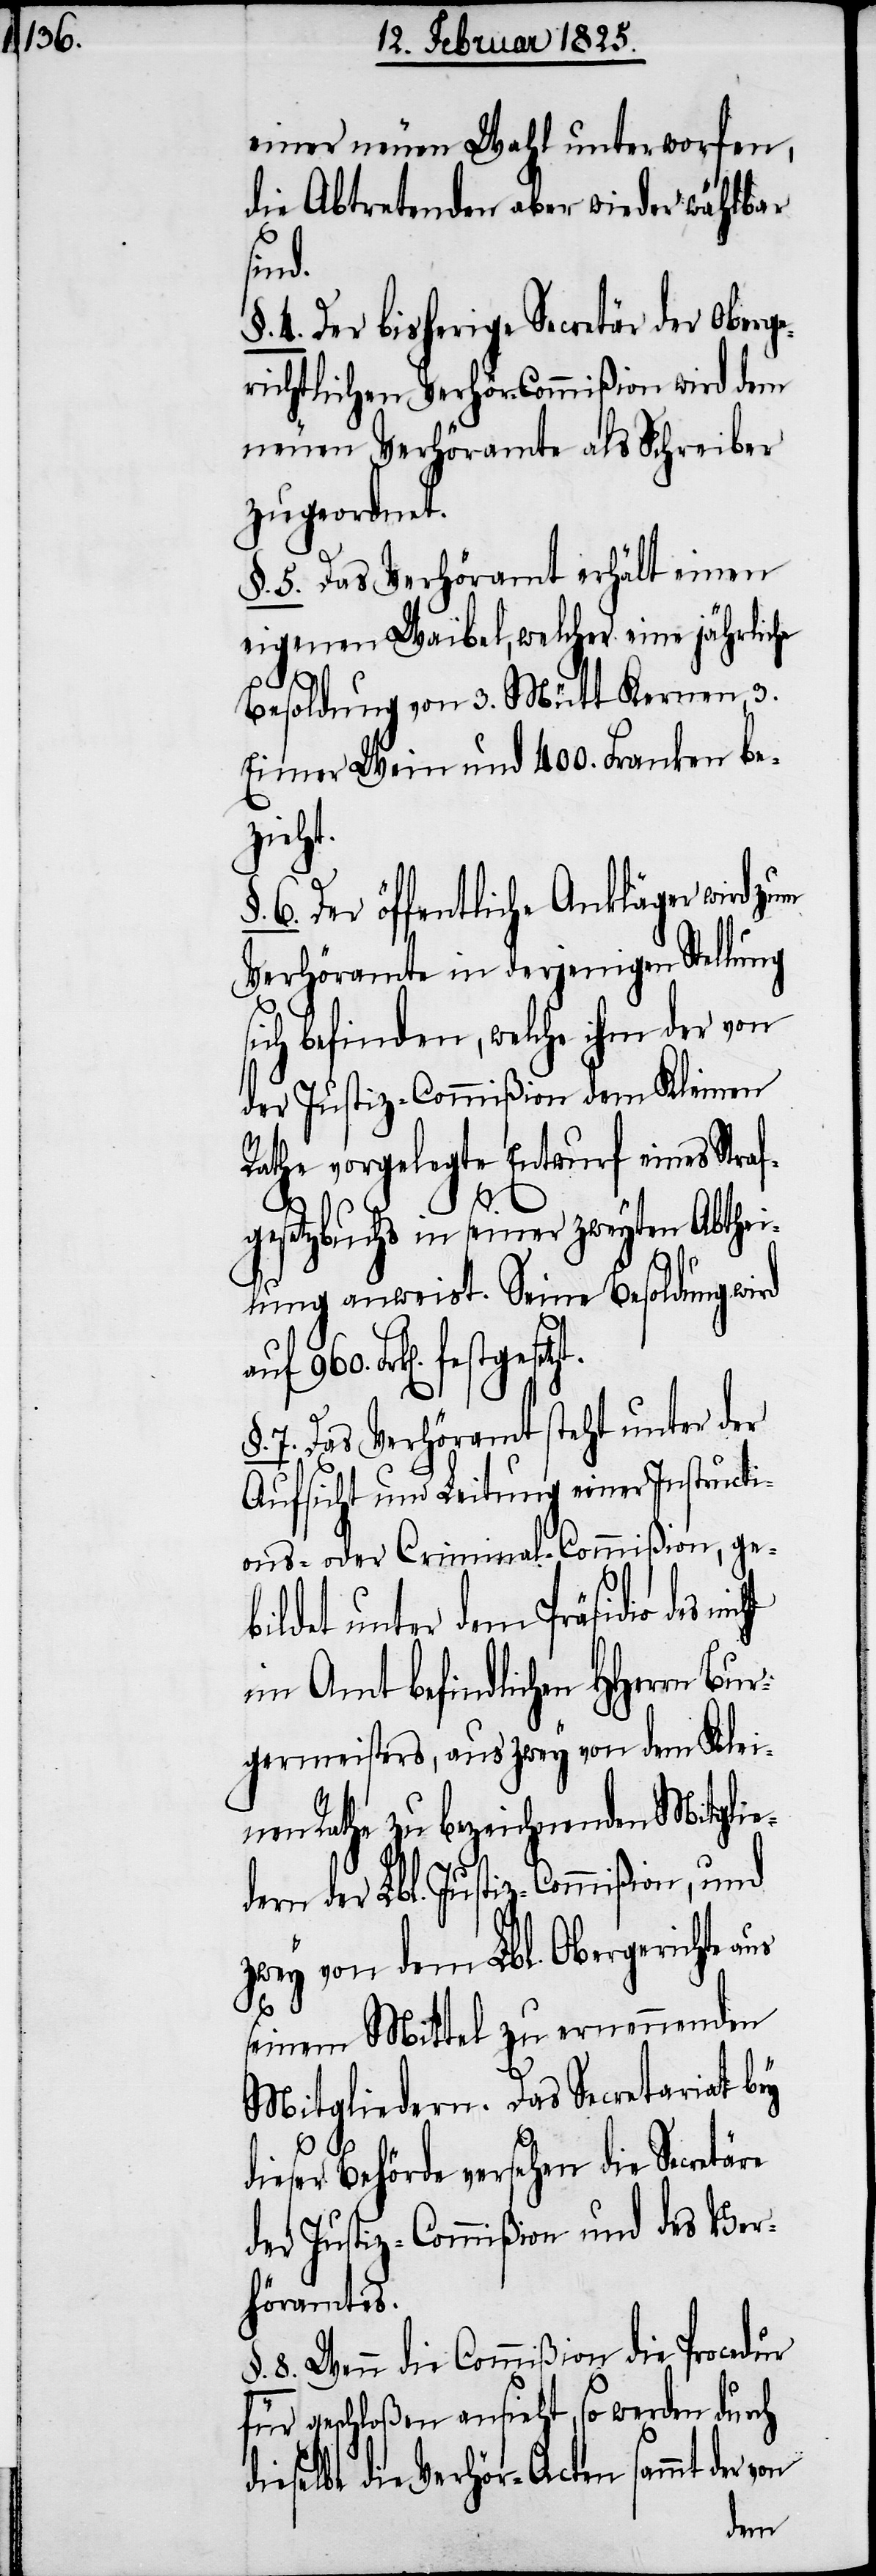
einer neuen Wahl unterworfen,
die Abtretenden aber wieder wählbar
Bur¬
4. Der bisherige Secretär der Oberg¬
erichtlichen Verhör-Commißion wird dem
neuen Verhöramte als Schreiber
zugeordnet.
§. 5. Das Verhöramt erhält einen
eigenen Waibel, welcher eine jährliche
Besoldung von 3. Mütt Kernen, 3.
Eimer Wein und 400. Franken be¬
icht
6. Der öffentliche Ankläger wird zum
Verhöramte in derjenigen Stellung
ich befinden, welche ihm der von
der Justiz-Commißion dem Kleinen
Rathe vorgelegte Entwurf eines Straf¬
s¬
gesetzbuchs in seiner zweyten Abthei¬
lung anweist. Seine Besoldung wird
festgesetzt.
§. 7. Das Verhöramt steht unter der
Aufsicht und Leitung einer Instructi¬
ons- oder Criminal-Commißion, ge¬
bildet unter dem Präsidio des n¬
im Amt befindlichen HHerrn
germeisters, aus zwey von dem Klei¬
nen Rathe zu bezeichnenden Mitglie¬
dern der Lbl. Justiz-Commißion, und
zwey von dem Lbl. Obergerichte aus
seinem Mittel zu ernennenden
Mitgliedern. Das Secretariat bey
dieser Behörde versehen die Secretäre
der Justiz-Commißion und des Ver¬
höramtes.
8. Wenn die Commißion die Procedur
für geschloßen ansieht, so werden durch
dieselbe die Verhör-Acten sammt der von